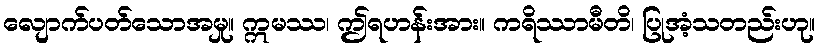
လျောက်ပတ်သောအမှု။ ဣမဿ၊ ဤရဟန်းအား။ ကရိဿာမီတိ၊ ပြုအံ့သတည်းဟု။